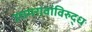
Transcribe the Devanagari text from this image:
उत्तमरावांविरुद्ध